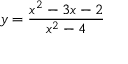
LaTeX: y = { \frac { x ^ { 2 } - 3 x - 2 } { x ^ { 2 } - 4 } }